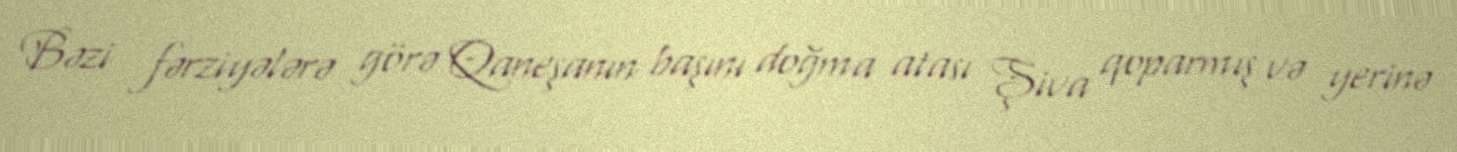
Bəzi fərziyələrə görə Qaneşanın başını doğma atası Şiva qoparmış və yerinə